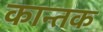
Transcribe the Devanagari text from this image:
कान्तक